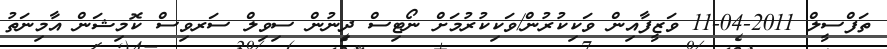
ތަފްސީލް 2011-04-11 ވަޒީފާއިން ވަކިކުރުން/ވަކިކުރުމަށް ނޯޓިސް ދިނުން ސިވިލް ސަރވިސް ކޮމިޝަން އާމިނަތު